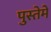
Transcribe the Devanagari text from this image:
पुस्तेमे